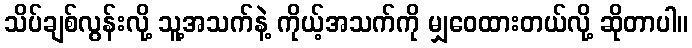
သိပ်ချစ်လွန်းလို့ သူ့အသက်နဲ့ ကိုယ့်အသက်ကို မျှဝေထားတယ်လို့ ဆိုတာပါ။